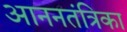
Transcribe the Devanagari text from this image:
आननतंत्रिका